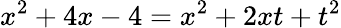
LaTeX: x^{2}+4x-4=x^{2}+2xt+t^{2}